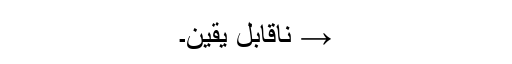
→ ناقابل یقین۔